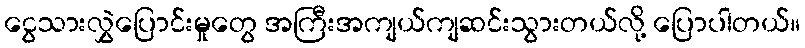
ငွေသားလွှဲပြောင်းမှုတွေ အကြီးအကျယ်ကျဆင်းသွားတယ်လို့ ပြောပါတယ်။